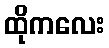
ထိုကလေး